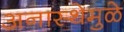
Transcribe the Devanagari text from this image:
अनास्थेमुळे